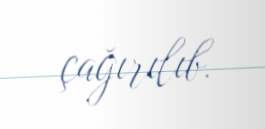
çağırılıb.